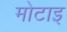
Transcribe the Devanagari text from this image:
मोटाइ